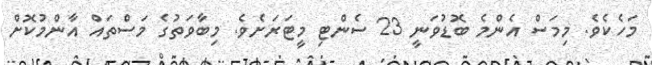
މަހެކެވެ. މިމަސް އެންމެ ބޮޑުވަނީ 23 ސެންޓި މީޓަރަށެވެ. މިބާވަތުގެ މަސްތައް އާންމުކޮށް